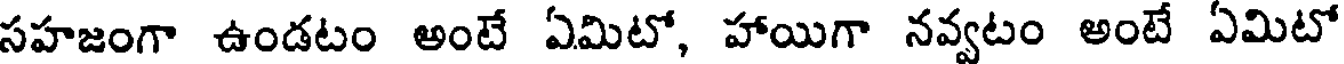
సహజంగా ఉండటం అంటే ఏమిటో, హాయిగా నవ్వటం అంటే ఏమిటో